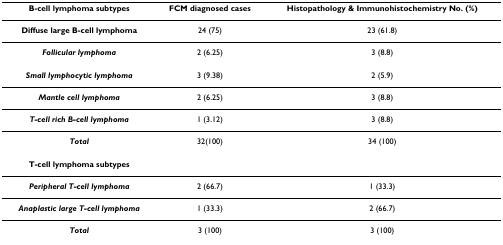
<table><thead><tr><td><b>B-cell lymphoma subtypes</b></td><td><b>FCM diagnosed cases</b></td><td><b>Histopathology &amp; Immunohistochemistry No. (%)</b></td></tr></thead><tbody><tr><td><b>Diffuse large B-cell lymphoma</b></td><td>24 (75)</td><td>23 (61.8)</td></tr><tr><td><b><i>Follicular lymphoma</i></b></td><td>2 (6.25)</td><td>3 (8.8)</td></tr><tr><td><b><i>Small lymphocytic lymphoma</i></b></td><td>3 (9.38)</td><td>2 (5.9)</td></tr><tr><td><b><i>Mantle cell lymphoma</i></b></td><td>2 (6.25)</td><td>3 (8.8)</td></tr><tr><td><b><i>T-cell rich B-cell lymphoma</i></b></td><td>1 (3.12)</td><td>3 (8.8)</td></tr><tr><td><b><i>Total</i></b></td><td>32(100)</td><td>34 (100)</td></tr><tr><td><b>T-cell lymphoma subtypes</b></td><td></td><td></td></tr><tr><td><b><i>Peripheral T-cell lymphoma</i></b></td><td>2 (66.7)</td><td>1 (33.3)</td></tr><tr><td><b><i>Anaplastic large T-cell lymphoma</i></b></td><td>1 (33.3)</td><td>2 (66.7)</td></tr><tr><td><b><i>Total</i></b></td><td>3 (100)</td><td>3 (100)</td></tr></tbody></table>